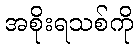
အစိုးရသစ်ကို